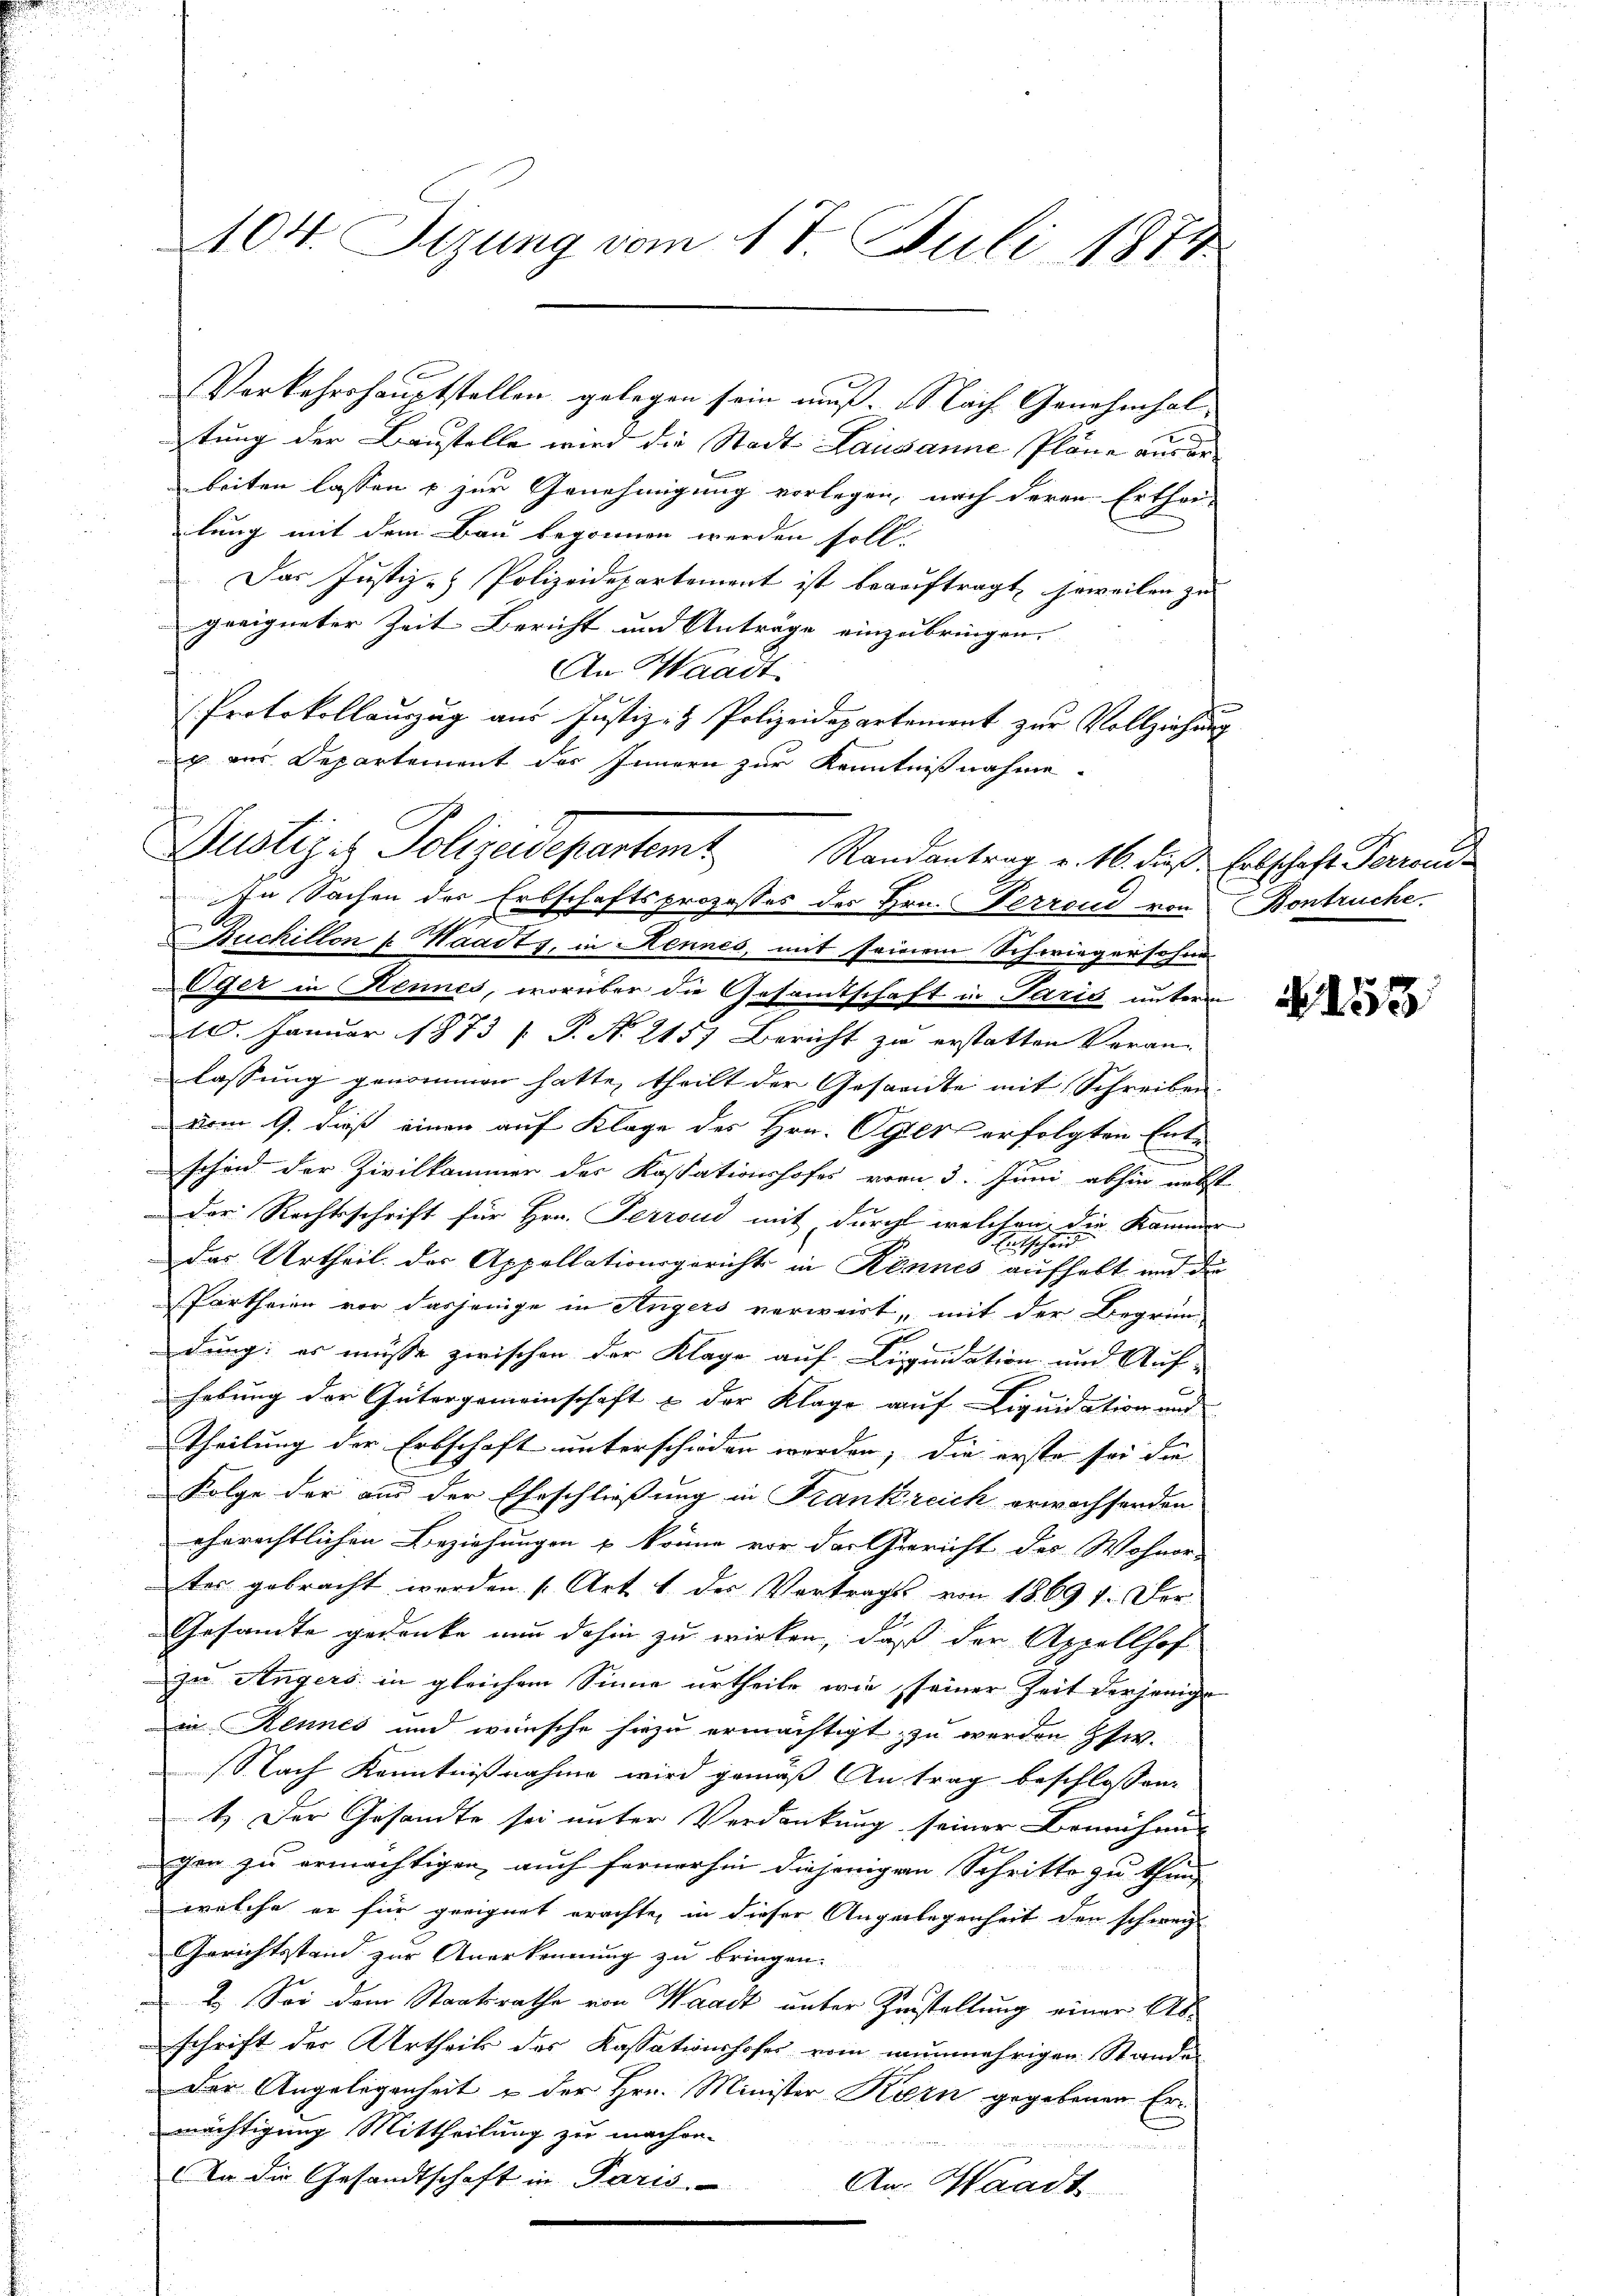
Verkehrshauptstellen gelegen sein muß. Nach Genehmhol-
tung der Baustelle wird die Stadt- Lausanne Pläne aus erbeiten lassen u zur Genehmigung vorlegen, nach deren Erthei-
lung mit dem Bau begonnen werden soll.
Das Justiz- & Polizeidepartement ist beauftragt, soweilen zu
geeigneter Zeit Bericht und Anträge einzubringen.
s
An Waadt.
Protokollauszug aus Justiz- & Polizeidepartement zur Vollziehung
x aus Departement des Innern zur Kenntnißnahme
In Sachen der Erbschaftsprozesses des Hrn. Ferrond von Bonbruche.
Buchillon f. Waadt, in Rennes, mit seinem Schwiegersohne
LEger in Kennes, worüber die Gesamtschaft in Paris unterm
10. Januar 1873 [ P. No. 2157 Bericht zu erstatten Veran-
lassung genommen hatte, theilt der Gesandte mit Schreiben,
vom 9. dieß einen auf Klage des Hrn. Oser erfolgten Entschin der Zivilkammer der Kassationshofes vom 3. Juni abhin nebst
Der Rechtsschrift für Hrn. Perrond mit durchl welchen die Kammer
Das Urtheil der Appellationsgerichts in Kennes aufhebt und die
Partheien vor dasjenige in Angers verweist, mit der Begrün-
dung: es müsse zwischen der Klage auf Liquidation und Auf-
hebung der Gütergemeinschaft & der Klage auf Liquidation und
Theilung der Erbschaft unterschieden werden; die erste sei die
Folge der aus der Eheschließung in Frankreich erwachsenden
ehrrechtlichen Beziehungen & könne vor der Gericht des Wohnor-
tes gebracht werden. (Art. 1. der Vertrags von 1869 f. Der-
Gesandte gedenke nun dahin zu wirken, daß der Appellhof
zu Angers in gleichem Sinne urtheile wie seiner Zeit derjenige
Die Rennes und wünsche hiezu ermächtigt, zu werden zw.
Nach Kenntnißnahme wird gemäß Antrag beschlossen:
4.) Der Gesandte sei unter Verdankung seiner Bemühung
chen zu ermächtigen, auch fernerhin diejenige Schritte zu thun,
welche er für geeignet erachte, in dieser Angelegenheit der schweiz.
Gerichtsstand zur Anerkennung zu bringen.
2.) Sei dem Staatsrathe von Waadt unter Zustellung einer Abschrift der Urtheils des Kassationshofes vom nunmehrigen Stande
Der Angelegenheit u der Hrn. Minister Korn gegebenen Ermächtigung Mittheilung zu machen.
x
Da die Gesandtschaft in Paris
An: Waadt

104. Sizung vom 17. Juli 1874

Justiz- & Polizeidepartemt. Randantrag v. M. diese Erbschaft Parende

No. 153